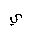
Letter: _ya